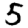
Digit: 5